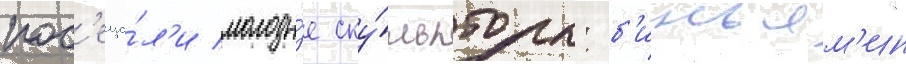
пос'еща́л'и молоды́е ску́льпторы: б'иньям'ин